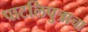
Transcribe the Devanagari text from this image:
पाटलिपुत्राचा